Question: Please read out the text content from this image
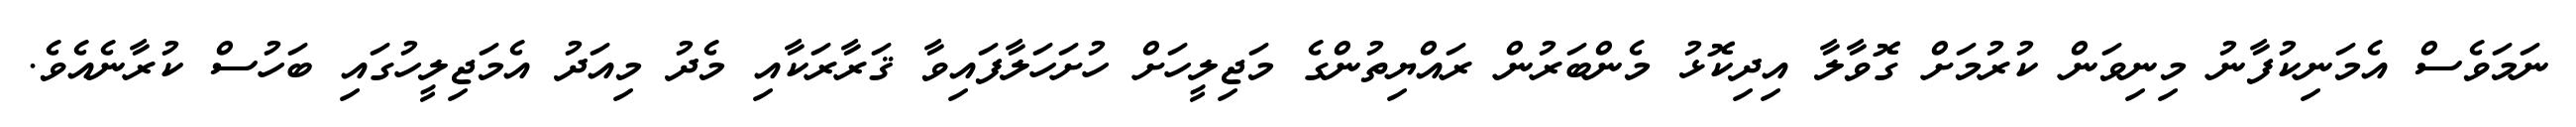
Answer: ނަމަވެސް އެމަނިކުފާނު މިނިވަން ކުރުމަށް ގޮވާލާ އިދިކޮޅު މެންބަރުން ރައްޔިތުންގެ މަޖިލީހަށް ހުށަހަލާފައިވާ ޤަރާރަކާއި މެދު މިއަދު އެމަޖިލީހުގައި ބަހުސް ކުރާނެއެވެ.